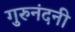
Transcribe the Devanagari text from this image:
गुरुनंदनी